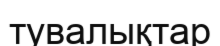
тувалықтар